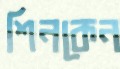
শিনকেন